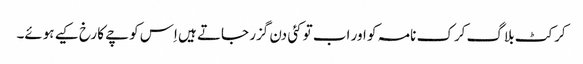
کرکٹ بلاگ کرک نامہ کو اور اب تو کئی دن گزر جاتے ہیں اِس کوچے کا رخ کیے ہوئے۔